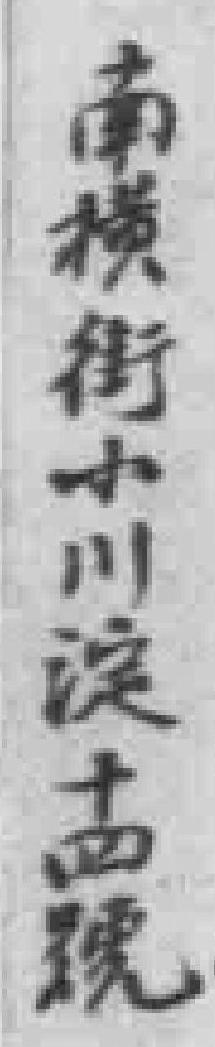
南横街小川淀十四號